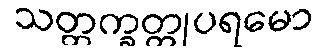
သတ္တက္ခတ္တုပရမော